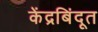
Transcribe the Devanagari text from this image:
केंद्रबिंदूत